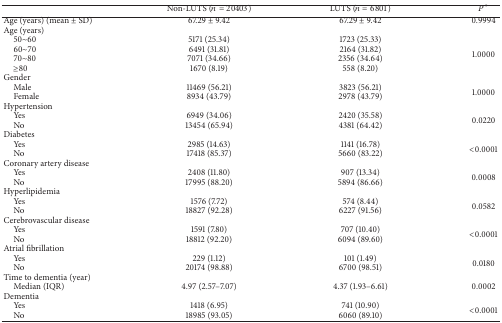
<table><thead><tr><td><b> </b></td><td><b>Non-LUTS (<i>n</i> = 20403)</b></td><td><b>LUTS (<i>n</i> = 6801)</b></td><td><b><i>P</i><sup>*</sup></b></td></tr></thead><tbody><tr><td>Age (years) (mean ± SD)</td><td>67.29 ± 9.42</td><td>67.29 ± 9.42</td><td>0.9994</td></tr><tr><td>Age (years)</td><td> </td><td> </td><td> </td></tr><tr><td> 50~60</td><td>5171 (25.34)</td><td>1723 (25.33)</td><td rowspan="4">1.0000</td></tr><tr><td> 60~70</td><td>6491 (31.81)</td><td>2164 (31.82)</td></tr><tr><td> 70~80</td><td>7071 (34.66)</td><td>2356 (34.64)</td></tr><tr><td> ≥80</td><td>1670 (8.19)</td><td>558 (8.20)</td></tr><tr><td>Gender</td><td> </td><td> </td><td> </td></tr><tr><td> Male</td><td>11469 (56.21)</td><td>3823 (56.21)</td><td rowspan="2">1.0000</td></tr><tr><td> Female</td><td>8934 (43.79)</td><td>2978 (43.79)</td></tr><tr><td>Hypertension</td><td> </td><td> </td><td> </td></tr><tr><td> Yes</td><td>6949 (34.06)</td><td>2420 (35.58)</td><td rowspan="2">0.0220</td></tr><tr><td> No</td><td>13454 (65.94)</td><td>4381 (64.42)</td></tr><tr><td>Diabetes</td><td> </td><td> </td><td> </td></tr><tr><td> Yes</td><td>2985 (14.63)</td><td>1141 (16.78)</td><td rowspan="2">&lt;0.0001</td></tr><tr><td> No</td><td>17418 (85.37)</td><td>5660 (83.22)</td></tr><tr><td>Coronary artery disease</td><td> </td><td> </td><td> </td></tr><tr><td> Yes</td><td>2408 (11.80)</td><td>907 (13.34)</td><td rowspan="2">0.0008</td></tr><tr><td> No</td><td>17995 (88.20)</td><td>5894 (86.66)</td></tr><tr><td>Hyperlipidemia</td><td> </td><td> </td><td> </td></tr><tr><td> Yes</td><td>1576 (7.72)</td><td>574 (8.44)</td><td rowspan="2">0.0582</td></tr><tr><td> No</td><td>18827 (92.28)</td><td>6227 (91.56)</td></tr><tr><td>Cerebrovascular disease</td><td> </td><td> </td><td> </td></tr><tr><td> Yes</td><td>1591 (7.80)</td><td>707 (10.40)</td><td rowspan="2">&lt;0.0001</td></tr><tr><td> No</td><td>18812 (92.20)</td><td>6094 (89.60)</td></tr><tr><td>Atrial fibrillation</td><td> </td><td> </td><td> </td></tr><tr><td> Yes</td><td>229 (1.12)</td><td>101 (1.49)</td><td rowspan="2">0.0180</td></tr><tr><td> No</td><td>20174 (98.88)</td><td>6700 (98.51)</td></tr><tr><td>Time to dementia (year)</td><td> </td><td> </td><td> </td></tr><tr><td> Median (IQR)</td><td>4.97 (2.57–7.07)</td><td>4.37 (1.93–6.61)</td><td>0.0002</td></tr><tr><td>Dementia</td><td> </td><td> </td><td> </td></tr><tr><td> Yes</td><td>1418 (6.95)</td><td>741 (10.90)</td><td rowspan="2">&lt;0.0001</td></tr><tr><td> No</td><td>18985 (93.05)</td><td>6060 (89.10)</td></tr></tbody></table>